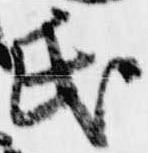
氏